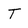
Character: T